Report of the Hyderabad Chloroform Commission
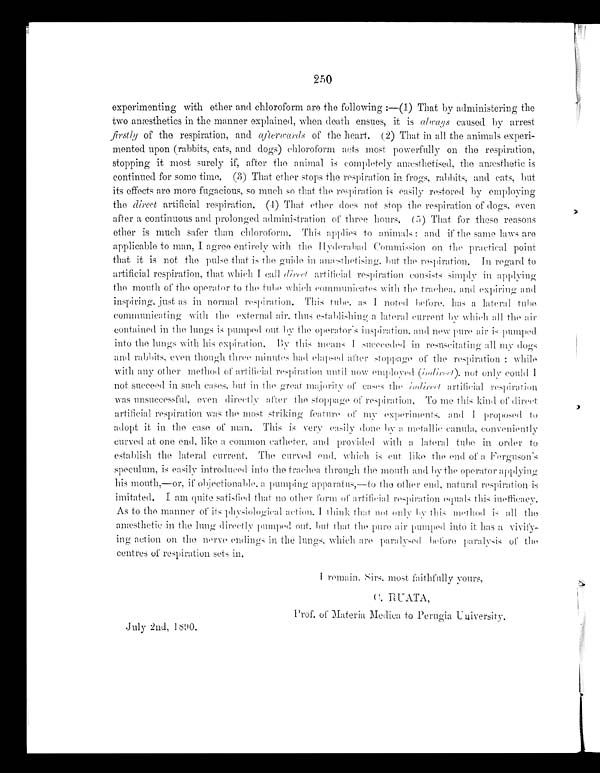
250
experimenting with ether and chloroform are the following:—(1) That by administering the
two anæsthetics in the manner explained, when death ensues, it is always caused by arrest
firstly of the respiration, and afterwards of the heart, (2) That in all the animals experi-
mented upon (rabbits, cats, and dogs) chloroform acts most powerfully on the respiration,
stopping it most surely if, after the animal is completely
anæsthetised the anæsthetic is
continued for some time. (3) That ether stops the respiration in frogs, rabbits, and cats, but
its effects are more fugacious, so much so that the respiration is easily restored by employing
the direct artificial respiration. (4) That ether does not stop the respiration of dogs, even
after a continuous and prolonged administration of three hours. (5) That for these reasons
ether is much safer than chloroform. This applies to animals : and if the same laws are
applicable to man, I agree entirely with the Hyderabad Commission on the practical point
that it is not the pulse that is the guide in anæsthetising, but the respiration. In regard to
artificial respiration, that which I call direct artificial respiration consists simply ill applying
the mouth of the operator to the tube which communicates with the trachea and expiring and
inspiring, just as in normal respiration. This tube, as I noted before, has a lateral tube
communicating with the external air, thus establishing a lateral current by which all the air
contained in the lungs is pumped out by the operator's inspiration. and new pure air is pumped
into the lungs with his expiration. By this means I succeeded in resuscitating all my dogs
and rabbits, even thought three minutes had elapsed after stoppage of the respiration : while
with any other method of artificial respiration until now employed ( indirect ), not only could I
not succeed in such cases, but in the great majority of cases the indirect artificial respiration
was unsuccessful, even directly alter the stoppage of respiration. To me this kind of direct
artificial respiration was the most striking feature of my experiments, and I proposed to
adopt it in the case of man. This is very easily done by a metallic canula, conveniently
curved at one end, like a common catheter, and provided with a lateral tube in order to
establish the lateral current. The curved end, which is cut like the end of a Ferguson's
speculum, is easily introduced into the trachea through the mouth and by the operator applying
h i s
m o n t h , —o r , i f o b j e c t i o n a b l e , p u m p i n g a p p a r a t u s , —t o t h e o t h e r e n d , n a t u r a l r e s p i r a t i o n i s
imitated. I am quite satisfied that no other form of artificial respiration equals this inefficacy.
As to the manner of its physiological action. I think that not only by this method is all the
anæsthetic in the lung directly pumped out, but that the pure air pumped into it has a vivify-
ing action oil the nerve endings in the lungs, which are paralysed before paralysis of the
centres of respiration sets in.
I remai n. Si rs, most fai t hful l y yours,
Prof. of Materia Medica to Perugia University.
July 2nd, 1890.